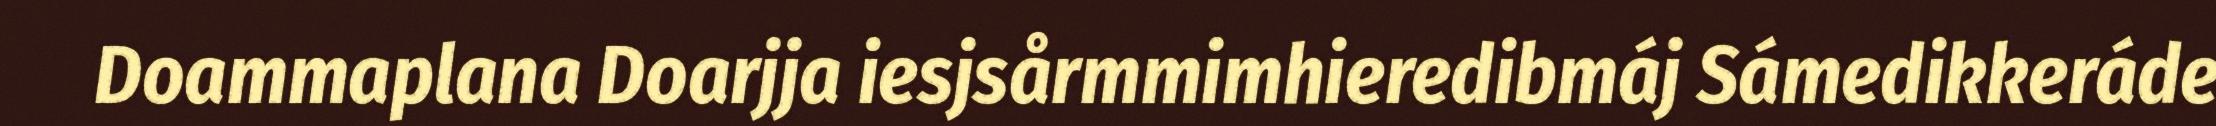
Doammaplana Doarjja iesjsårmmimhieredibmáj Sámedikkeráde